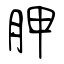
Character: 胛